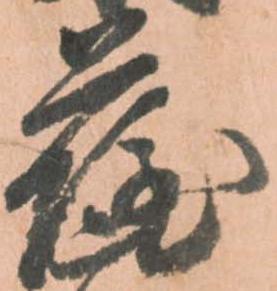
薩